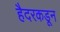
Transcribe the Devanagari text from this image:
हैदरकडून